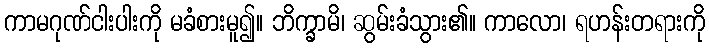
ကာမဂုဏ်ငါးပါးကို မခံစားမူ၍။ ဘိက္ခာမိ၊ ဆွမ်းခံသွား၏။ ကာလော၊ ရဟန်းတရားကို